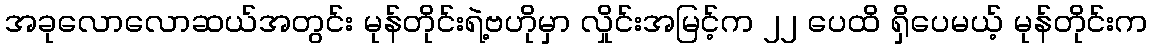
အခုလောလောဆယ်အတွင်း မုန်တိုင်းရဲ့ဗဟိုမှာ လှိုင်းအမြင့်က ၂၂ ပေထိ ရှိပေမယ့် မုန်တိုင်းက